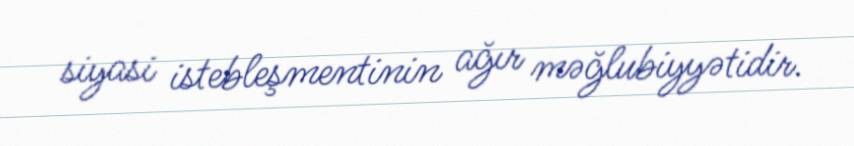
siyasi istebleşmentinin ağır məğlubiyyətidir.